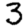
Digit: 3